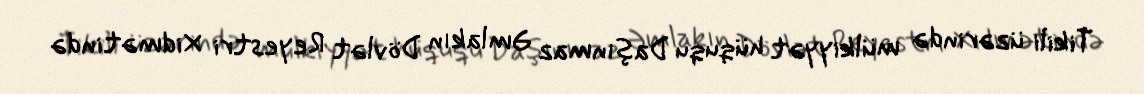
Tikili üzərində mülkiyyət hüququ Daşınmaz Əmlakın Dövlət Reyestri Xidmətində